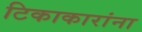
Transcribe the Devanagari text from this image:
टिकाकारांना